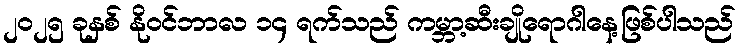
၂၀၂၅ ခုနှစ် နိုဝင်ဘာလ ၁၄ ရက်သည် ကမ္ဘာ့ဆီးချိုရောဂါနေ့ဖြစ်ပါသည်